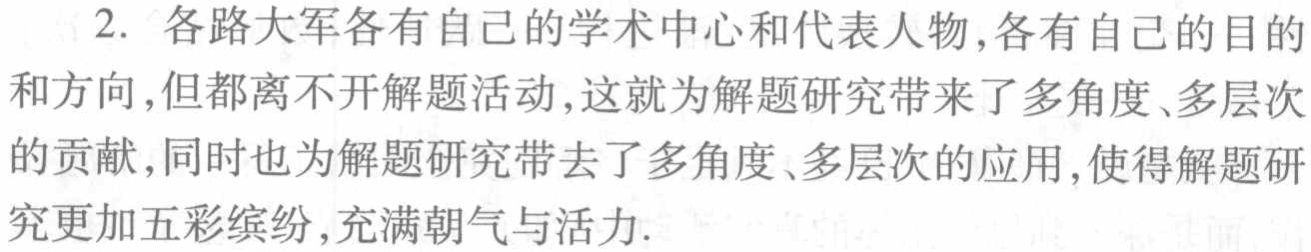
2. 各路大军各有自己的学术中心和代表人物,各有自己的目的和方向,但都离开解题活动,这就为解题研究带来了多角度、多层次的贡献,同时也为解题研究带去了多角度、多层次的应用,使得解题研究更加五彩缤纷,充满朝气与活力.